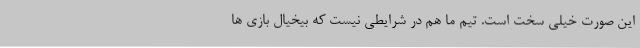
این صورت خیلی سخت است. تیم ما هم در شرایطی نیست که بیخیال بازی ها